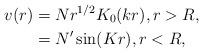
LaTeX: \begin{align*}v(r) & =Nr^{1/2}K_{0}(kr),r>R,\\& =N^{\prime}\sin(Kr),r<R, \end{align*}